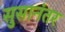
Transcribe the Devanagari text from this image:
सुसानंतर